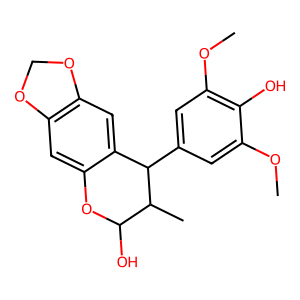
SMILES: COc1cc(C2c3cc4c(cc3OC(O)C2C)OCO4)cc(OC)c1O
Inhibits HIV replication: No